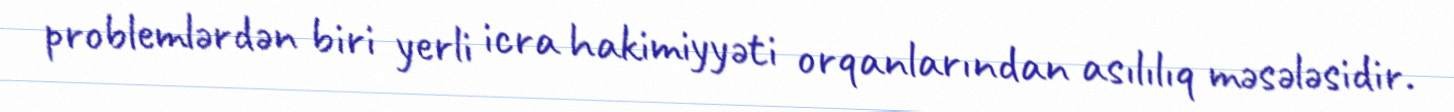
problemlərdən biri yerli icra hakimiyyəti orqanlarından asılılıq məsələsidir.